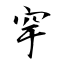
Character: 穻